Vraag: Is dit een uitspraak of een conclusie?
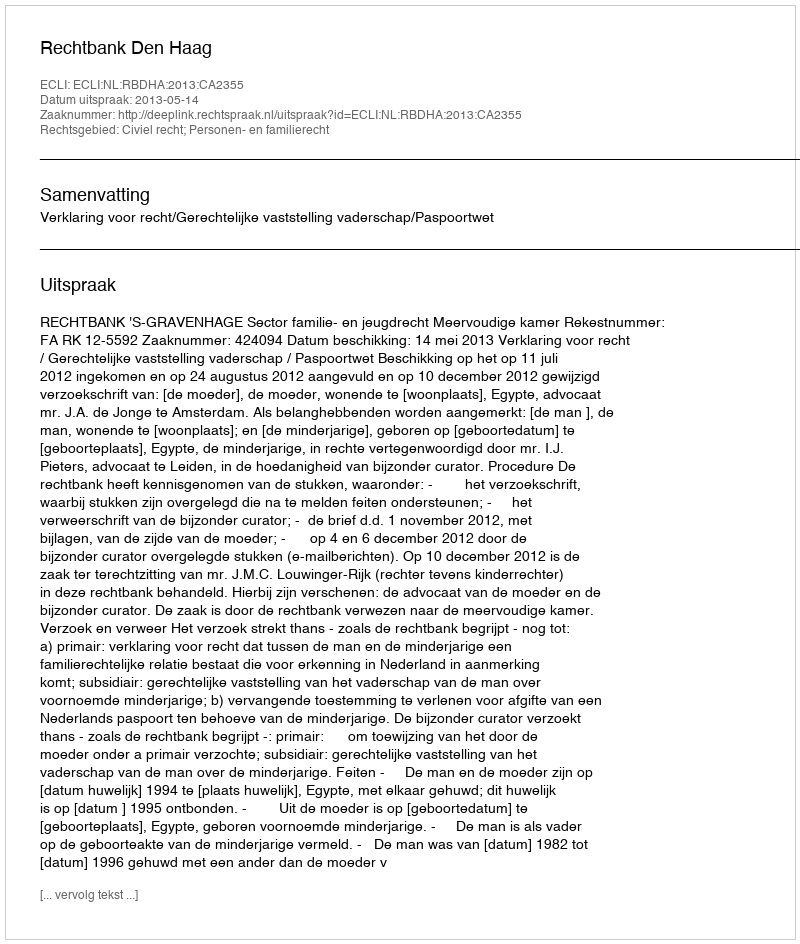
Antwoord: Uitspraak